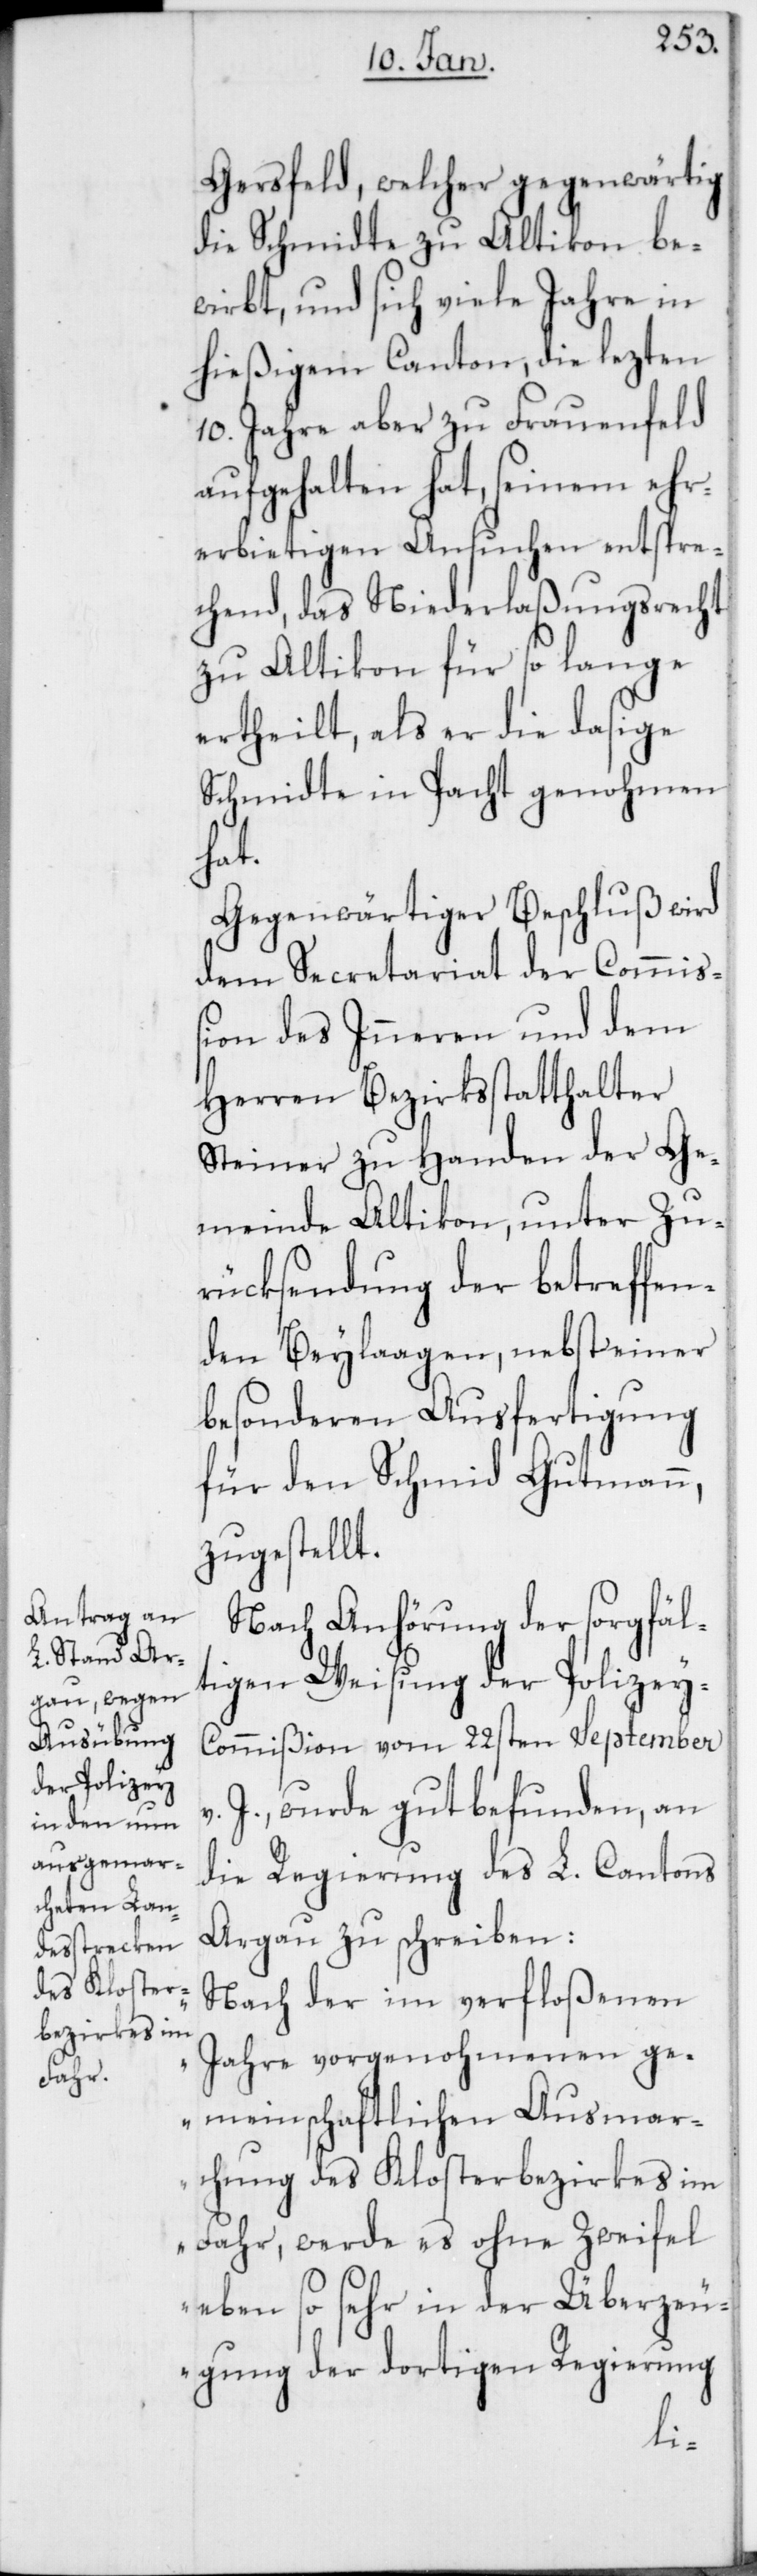
Gersfeld, welcher gegenwärtig
die Schmidte zu Altikon be¬
wirbt, und sich viele Jahre in
hießigem Canton, die lezten
10. Jahre aber zu Frauenfeld
aufgehalten hat, seinem ehr¬
erbietigen Ansuchen entspre¬
chend, das Niederlaßungsrecht
zu Altikon für so lange
ertheilt, als er die dasige
Schmidte in Pacht genohmen
hat.
Gegenwärtiger Beschluß wird
dem Secretariat des Commi¬
ßion des Inneren und dem
Herren Bezirksstatthalter
Steiner zu Handen der Ge¬
meinde Altikon, unter Zu¬
rücksendung der betreffen¬
den Beylaagen, nebst einer
besonderen Ausfertigung
für den Schmid Gutmann,
zugestellt.
Nach Anhörung der sorgfäl¬
tigen Weisung der Polizey-C¬
ommißion vom 22sten September
J., wurde gut befunden, an
die Regierung des L. Cantons
Argau zu schreiben:
„Nach der im verfloßenen
Jahre vorgenohmenen ge¬
meinschaftlichen Ausmar¬
chung des Klosterbezirkes im
Fahr, werde es ohne Zweifel
eben so sehr in der Überzeu¬
gung der dortigen Regierung